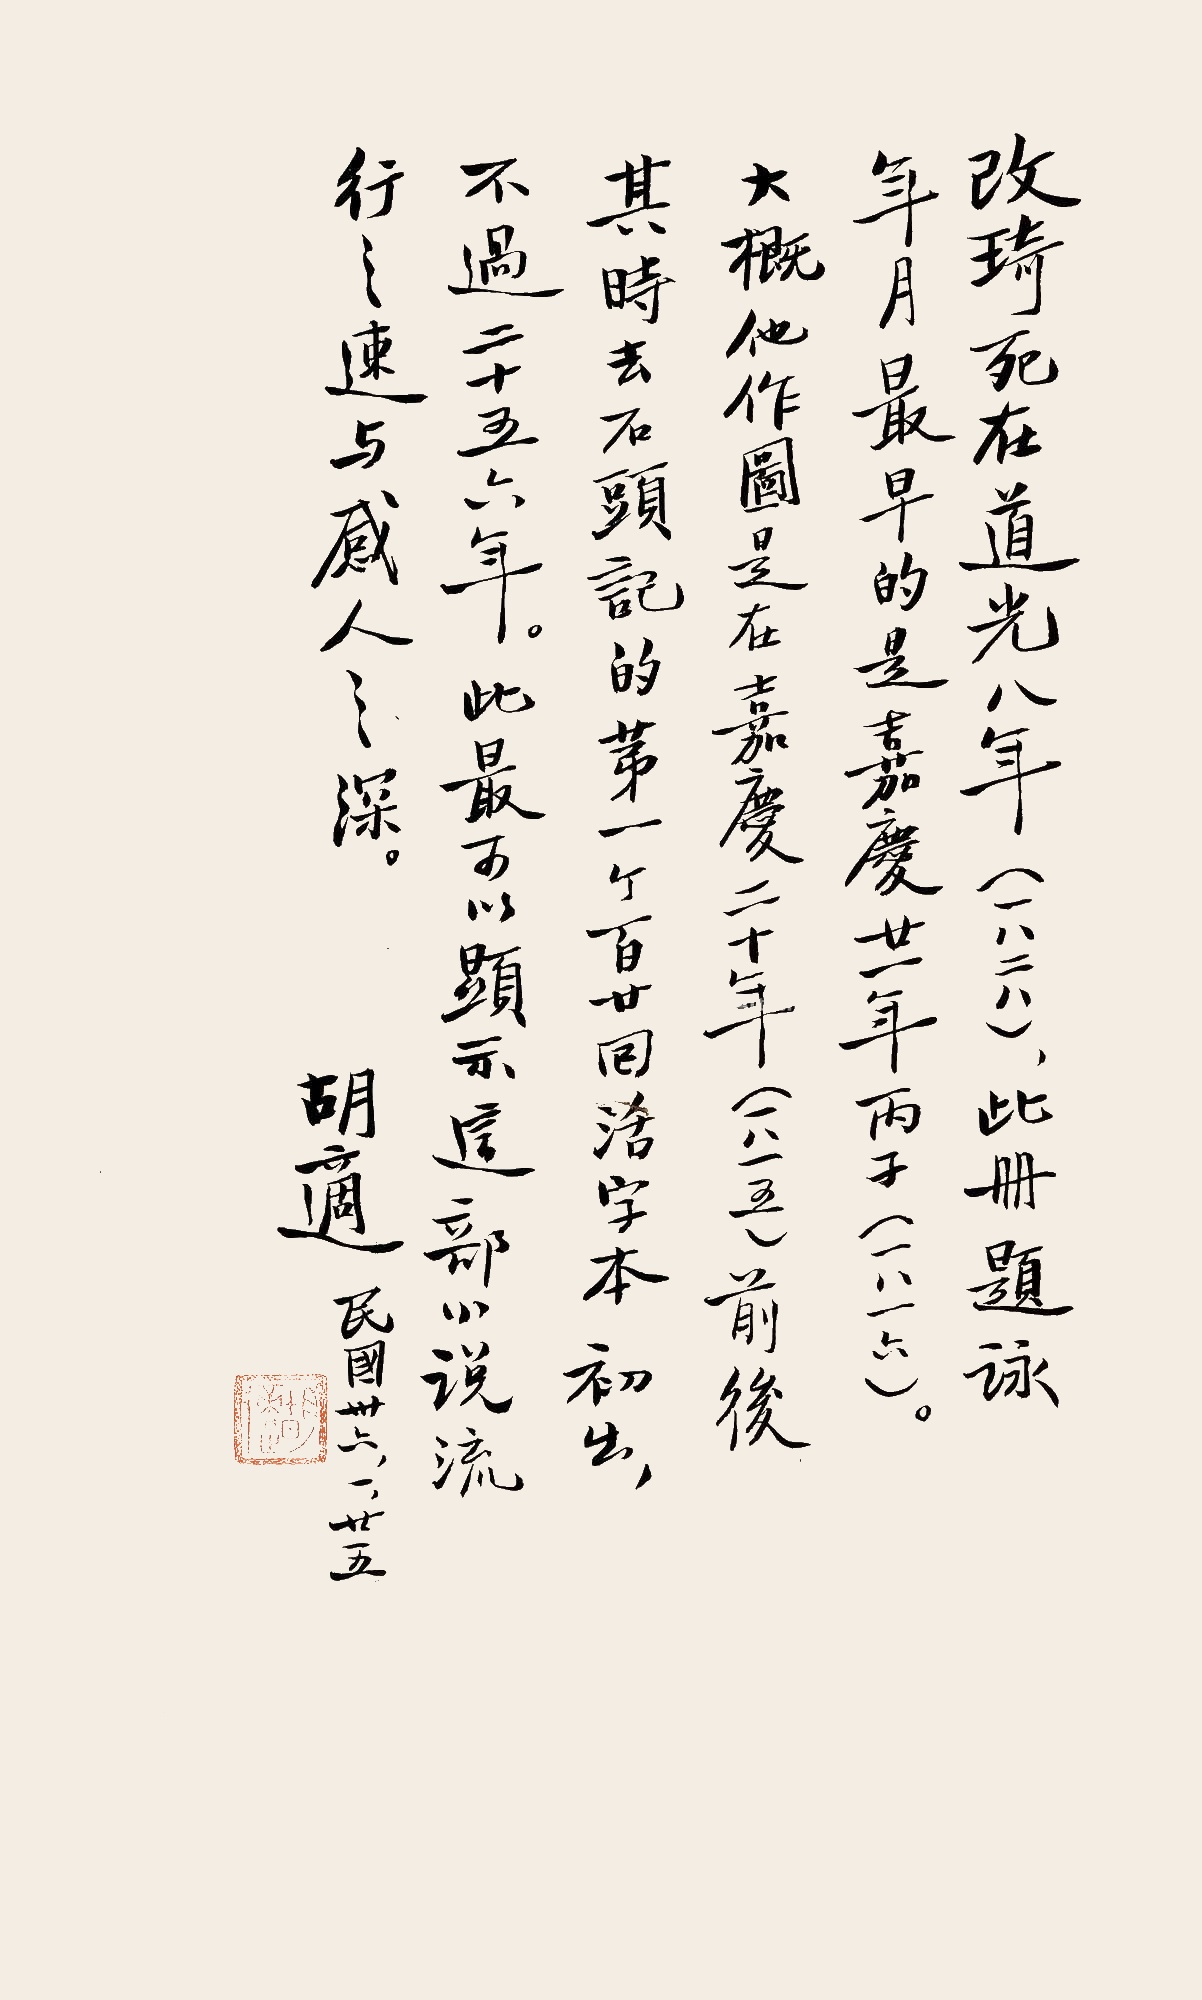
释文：改琦死在道光八年（一八二八），此册题咏年月最早的是嘉庆廿一年丙子（一八一六），大概他作图是在嘉庆二十年（一八一五）前后，其时去石头记的第一个百廿回活字本初出不过二十五六年。此最可以显示这部小说流行之速与感人之深。胡适。民国卅六，一，廿五。